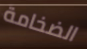
الضخامة